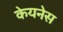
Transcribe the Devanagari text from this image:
केयनेस